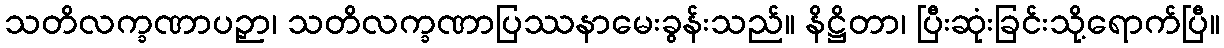
သတိလက္ခဏာပဉှာ၊ သတိလက္ခဏာပြဿနာမေးခွန်းသည်။ နိဋ္ဌိတာ၊ ပြီးဆုံးခြင်းသို့ရောက်ပြီ။